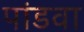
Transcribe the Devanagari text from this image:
पांडवा